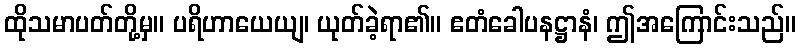
ထိုသမာပတ်တို့မှ။ ပရိဟာယေယျ၊ ယုတ်ခဲ့ရာ၏။ ဧတံခေါပနဋ္ဌာနံ၊ ဤအကြောင်းသည်။